画像に写った文字を読んでください
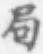
「局」と書いてあります